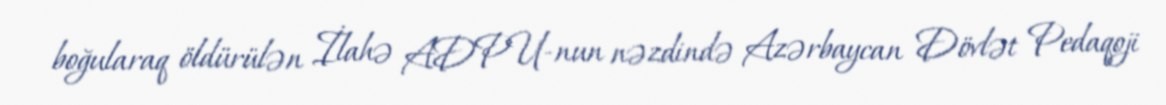
boğularaq öldürülən İlahə ADPU-nun nəzdində Azərbaycan Dövlət Pedaqoji